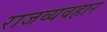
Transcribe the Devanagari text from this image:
राजव्यवहार